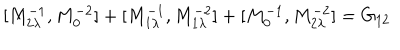
[ M _ { 2 \lambda } ^ { - 1 } , M _ { 0 } ^ { - 2 } ] + [ M _ { 1 \lambda } ^ { - 1 } , M _ { 1 \lambda } ^ { - 2 } ] + [ M _ { 0 } ^ { - 1 } , M _ { 2 \lambda } ^ { - 2 } ] = G _ { 1 2 }